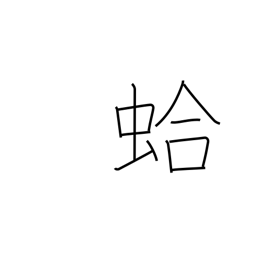
Meaning: clam